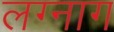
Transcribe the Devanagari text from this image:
लग्नाग